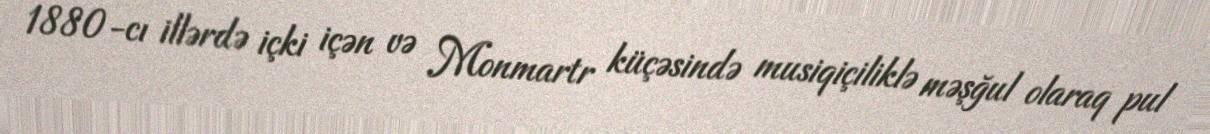
1880-cı illərdə içki içən və Monmartr küçəsində musiqiçiliklə məşğul olaraq pul